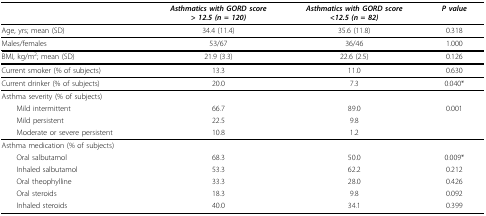
|  | Asthmatics with GORD score> 12.5 (n = 120) | Asthmatics with GORD score<12.5 (n = 82) | P value |
 | --- | --- | --- | --- |
 | Age, yrs; mean (SD) | 34.4 (11.4) | 35.6 (11.8) | 0.318 |
 | Males/females | 53/67 | 36/46 | 1.000 |
 | BMI, kg/m2; mean (SD) | 21.9 (3.3) | 22.6 (2.5) | 0.126 |
 | Current smoker (% of subjects) | 13.3 | 11.0 | 0.630 |
 | Current drinker (% of subjects) | 20.0 | 7.3 | 0.040* |
 | Asthma severity (% of subjects) |  |  |  |
 | Mild intermittent | 66.7 | 89.0 | 0.001 |
 | Mild persistent | 22.5 | 9.8 |  |
 | Moderate or severe persistent | 10.8 | 1.2 |  |
 | Asthma medication (% of subjects) |  |  |  |
 | Oral salbutamol | 68.3 | 50.0 | 0.009* |
 | Inhaled salbutamol | 53.3 | 62.2 | 0.212 |
 | Oral theophylline | 33.3 | 28.0 | 0.426 |
 | Oral steroids | 18.3 | 9.8 | 0.092 |
 | Inhaled steroids | 40.0 | 34.1 | 0.399 |